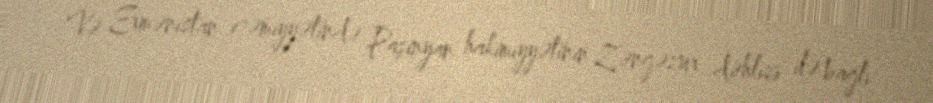
Və Ermənistan cəmiyyətində Paşinyan hakimiyyətinin Zəngəzur dəhlizi ilə bağlı